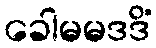
ခေါမမဒဒိံ